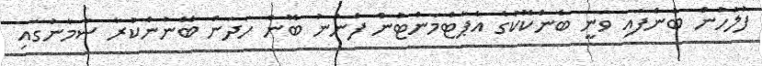
ފުލުހުުން ބުނެފައި ވަނީ ބެންކޮކުގެ އެޕާޓްމަންޓުން ފެނުނު ބޮން ހަދަން ބޭނުންކުރާ ސާމާނުގައި